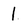
Character: 1